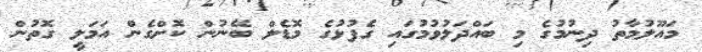
މައޫލުމާތު ދިނުމުގެ މި ބައްދަލުވުމުގައި ގެފުޅުގެ މޮޑެލް ބޭނުން ކޮށްގެން އަމަލީ ގޮތުން